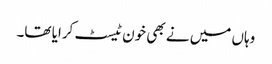
وہاں میں نے بھی خون ٹیسٹ کرایا تھا۔